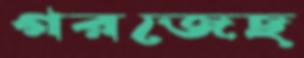
গরজেছ